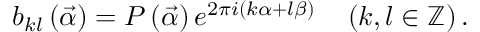
b _ { k l } \left( \vec { \alpha } \right) = P \left( \vec { \alpha } \right) e ^ { 2 \pi i \left( k \alpha + l \beta \right) } \ \ \ \left( k , l \in \mathbb { Z } \right) .